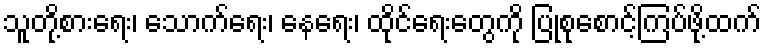
သူတို့စားရေး၊ သောက်ရေး၊ နေရေး၊ ထိုင်ရေးတွေကို ပြုစုစောင့်ကြပ်ဖို့ထက်